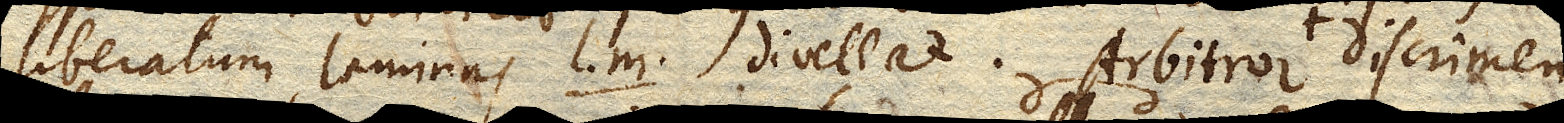
liberatum laminas l. m. divellat. Arbitror discrimen